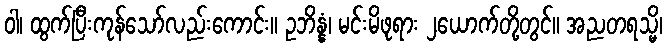
ဝါ၊ ထွက်ပြီးကုန်သော်လည်းကောင်း။ ဥဘိန္နံ၊ မင်းမိဖုရား ၂ယောက်တို့တွင်။ အညတရသ္မိ၊